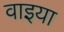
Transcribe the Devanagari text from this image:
वाइया